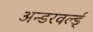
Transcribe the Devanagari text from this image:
अन्डरवर्ल्ड्